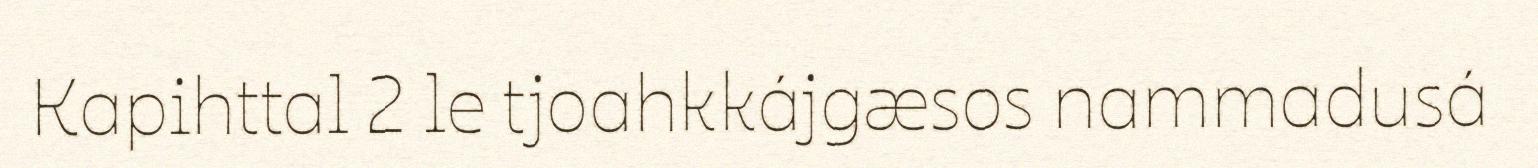
Kapihttal 2 le tjoahkkájgæsos nammadusá